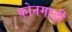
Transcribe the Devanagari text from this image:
कोनगाड़ी